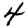
Digit: 4